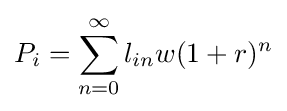
P_{i}=\sum _{n=0}^{\infty }l_{in}w{(1+r)^{n}}